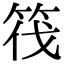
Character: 筏